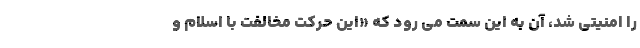
را امنیتی شد، آن به این سمت می‌ رود که «این حرکت مخالفت با اسلام و